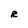
Character: R